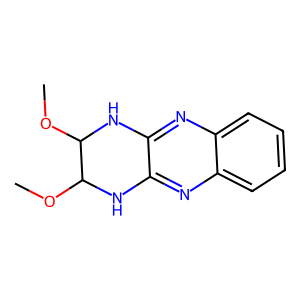
SMILES: COC1Nc2nc3ccccc3nc2NC1OC
Inhibits HIV replication: No